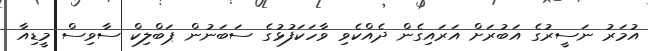
އުމަރު ނަސީރުގެ އަބުރަށް އަރައިގެން ދެއްކެވި ވާހަކަފުޅުގެ ސަބަނުން ޕަބްލިކް ސާވިސް މީޑިއާ